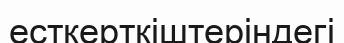
есткерткіштеріндегі